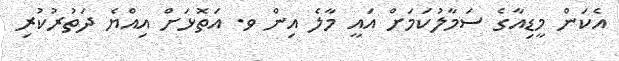
އެކަން މީޑިއާގެ ސަމާލުކަމަށް އައީ މާލެ އިން ވ. އަތޮޅަށް އިއްޔެ ދަތުރުކުރި